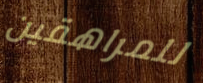
للمراهقين